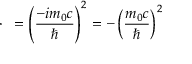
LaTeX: \mathbf { \partial } \cdot \mathbf { \partial } = \left( { \frac { - i m _ { 0 } c } { \hbar } } \right) ^ { 2 } = - \left( { \frac { m _ { 0 } c } { \hbar } } \right) ^ { 2 }